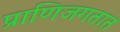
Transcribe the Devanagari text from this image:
प्राणिजगतात